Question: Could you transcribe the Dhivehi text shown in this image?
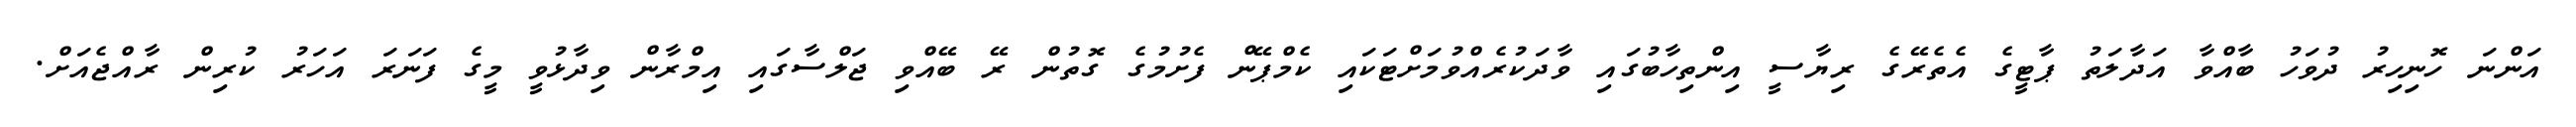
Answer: އަންނަ ހޮނިހިރު ދުވަހު ބާއްވާ އަދާލަތު ޕާޓީގެ އެތެރޭގެ ރިޔާސީ އިންތިހާބުގައި ވާދަކުރެއްވުމަށްޓަކައި ކެމްޕޭން ފެށުމުގެ ގޮތުން ރޭ ބޭއްވި ޖަލްސާގައި އިމްރާން ވިދާޅުވީ މީގެ ފަނަރަ އަހަރު ކުރިން ރާއްޖެއަށް.